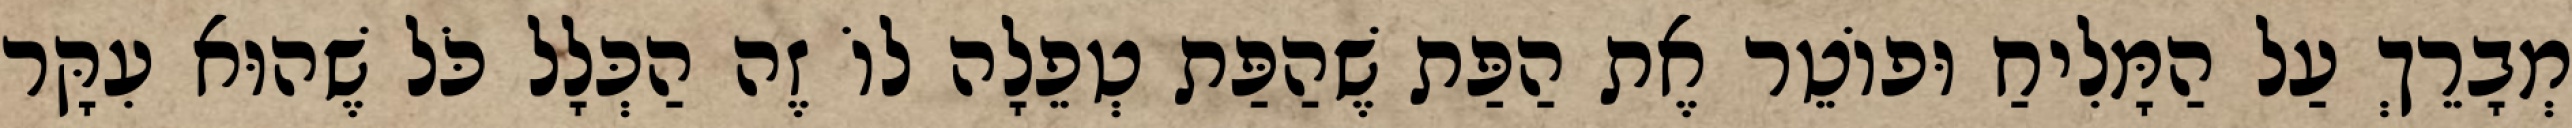
מְבָרֵךְ עַל הַמָּלִיחַ וּפוֹטֵר אֶת הַפַּת שֶׁהַפַּת טְפֵלָה לוֹ זֶה הַכְּלָל כֹּל שֶׁהוּא עִקָּר